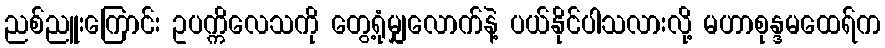
ညစ်ညူးကြောင်း ဥပက္ကိလေသကို တွေ့ရုံမျှလောက်နဲ့ ပယ်နိုင်ပါသလားလို့ မဟာစုန္ဒမထေရ်က